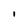
Character: 1